Vaccination in Bombay 1874-1876 - 1874-1876
Year: 1874
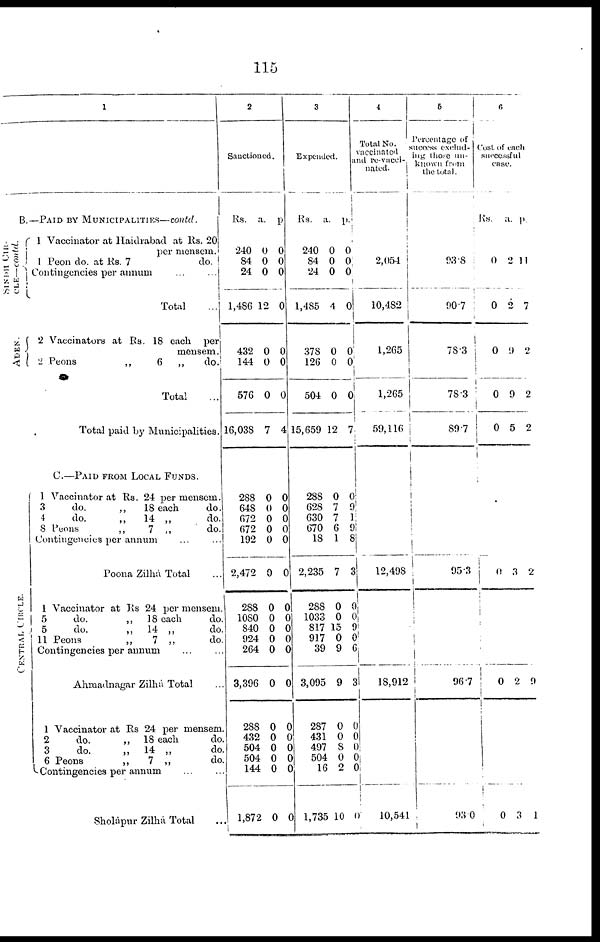
115
1
B.— PAID BY MUNICIPALITIES—contd.
SINDHI CIR¬
CLE—Contd.
ADEN .
CENTRAL CIRCLE.
1 Vaccinator at Haidrabad at Rs. 20
per mensem.
1 Peon do. at Rs. 7
do.
Contingencies per annum
...
...
Total
...
2 Vaccinators at Rs. 18 each
per
mensem.
2 Peons
„
6
„
do.
Total
Total paid by Municipalities.
C.—PAID FROM LOCAL FUNDS.
1 Vaccinator at Rs. 24 per mensem.
3
do.
„
18 each
do.
4
do.
„
14 „
do.
8 Peons
„
7 „
do.
Contingencies per annum
Poona Zilhá Total ...
1 Vaccinator at Rs 24 per mensem.
5
do.
„
18 each
do
5
do.
„
14 „
do
11 Peons
„
7 „
do
Contingencies per annum
Ahmadnagar Zilhá Total ...
1 Vaccinator at Rs 24 per mensem
2
do.
„
18 each
do
3
do.
„
14 „
do
6 Peons
„
7 „
do
Contingencies per annum
Sholapur Zilhá Total
2
Sanctioned.
Rs.
240
84
24
1,486
432
144
576
16,038
288
648
672
672
192
2,472
288
1080
840
924
264
3,396
288
432
504
504
144
1,872
a.
0
0
0
12
0
0
0
7
0
0
0
0
0
0
0
0
0
0
0
0
0
0
0
0
0
0
p.
0
0
0
0
0
0
0
4
0
0
0
0
0
0
0
0
0
0
0
0
0
0
0
0
0
0
3
Expended.
Rs.
240
84
24
1,485
378
126
504
15,659
288
628
630
670
18
2,235
288
1033
817
917
39
3,095
287
431
497
504
16
1,735
a.
0
0
0
4
0
0
0
12
0
7
7
6
1
7
0
0
15
0
9
9
0
0
8
0
2
10
p.
0
0 0
0
0
0
0
7
0
9
1
9
8
3
0
0 9
0
6
3
0
0
0
0
0
0
4
Total No.
vaccinated
and re-vacci¬
nated.
2,054
10,482
1,265
1,265
59,116
12,498
18,912
10,541
5
Percentage of
success exclud-
ing those un-
known from
the total.
93.8
90.7
78.3
78.3
89.7
95.3
96.7
93.0
6
Cost of each
successful
case
Rs.
0
0
0
0
0
0
0
0
a.
2
0
9
9
5
3
2
3
p.
11
7
2
2
2
2
9
1